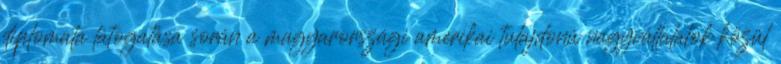
diplomata látogatása során a magyarországi amerikai tulajdonú nagyvállalatok közül